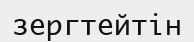
зергтейтін